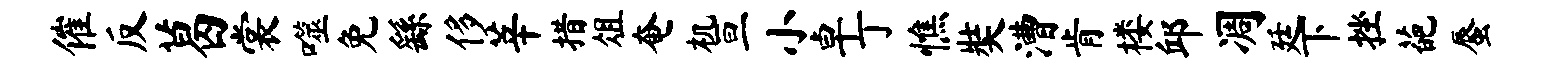
催反葛裳噬免繇侈莘措俎奄机亘小卓丁憔奘漕肯楼邱凋廷下挫葩蜃